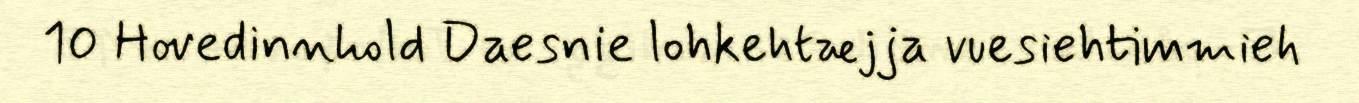
10 Hovedinnhold Daesnie lohkehtæjja vuesiehtimmieh